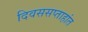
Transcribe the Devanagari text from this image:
दिवससप्ताहांत